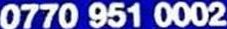
0770 951 0002